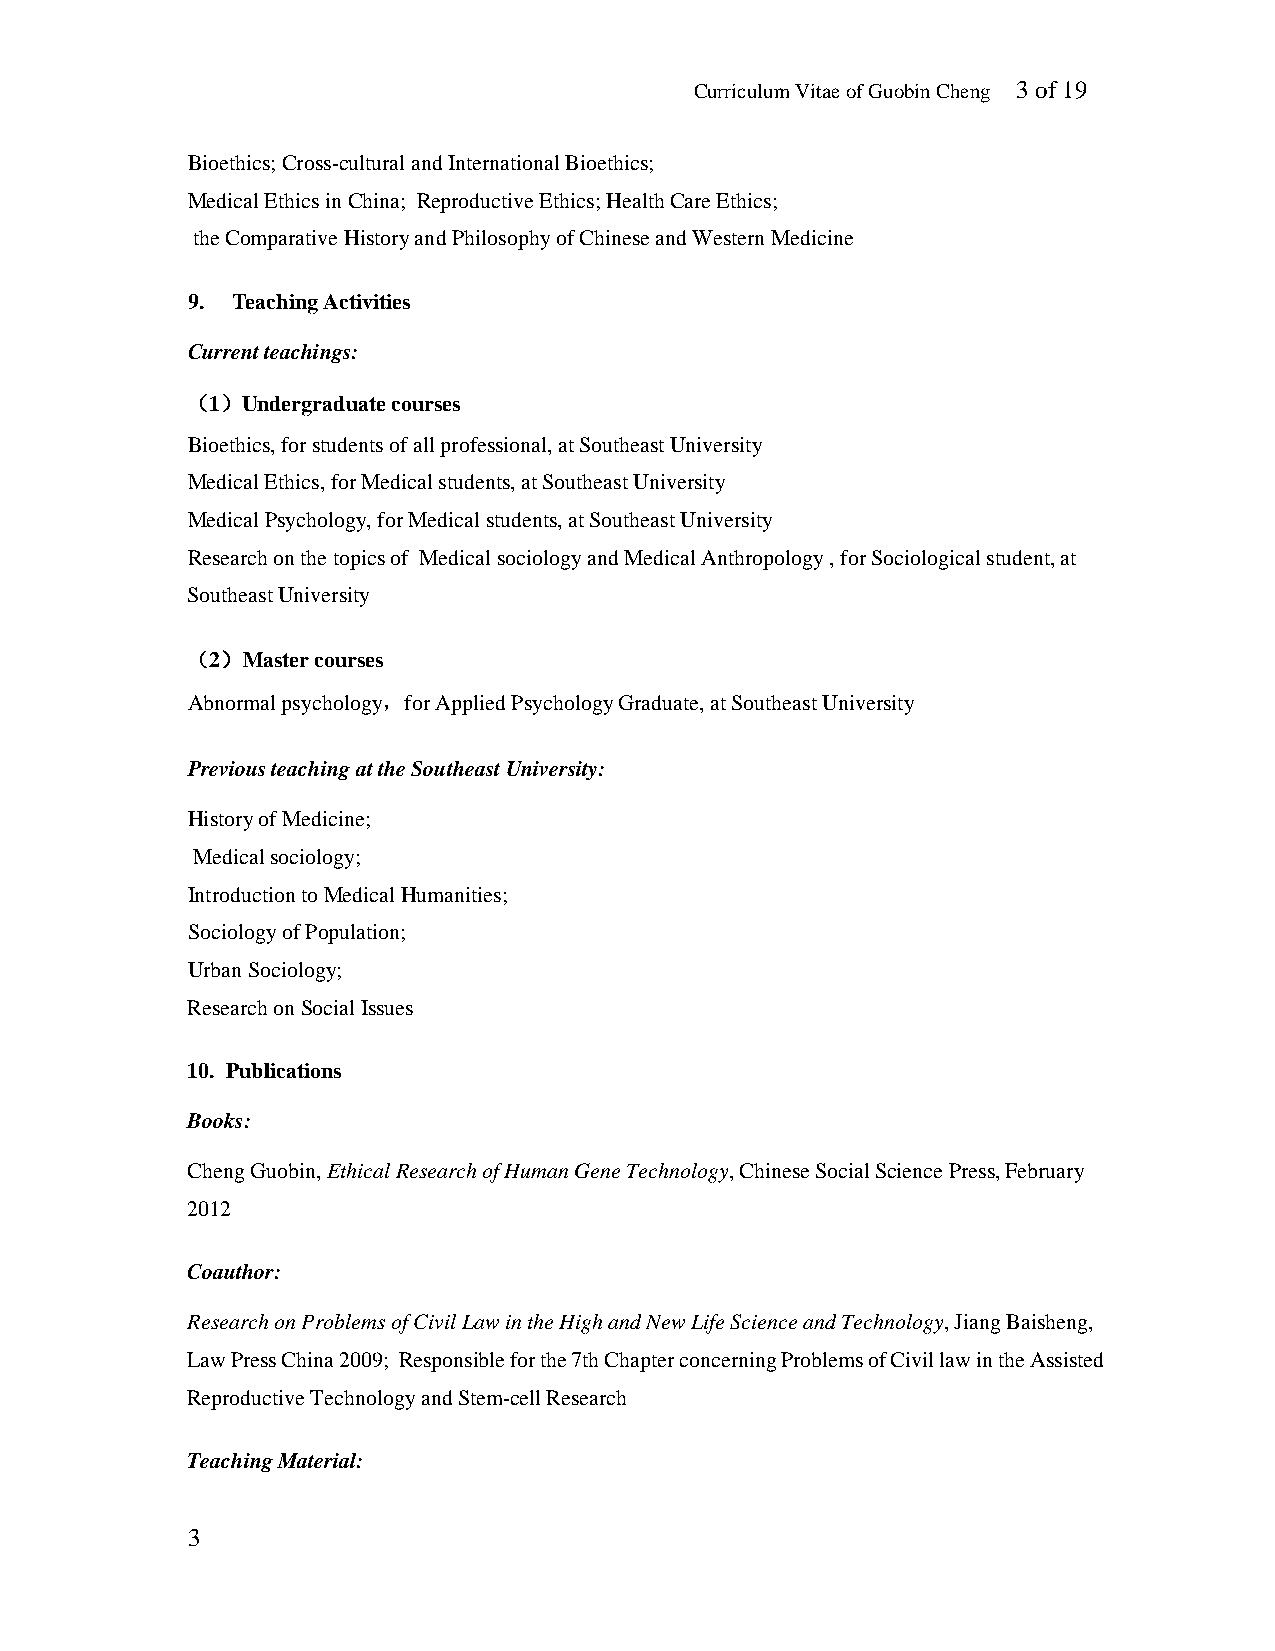
Curriculum Vitae of Guobin Cheng 3 of 19
 Bioethics; Cross-cultural and International Bioethics;
 Medical Ethics in China; Reproductive Ethics; Health Care Ethics;
 the Comparative History and Philosophy of Chinese and Western Medicine
 9. Teaching Activities
 Current teachings:
 （1）Undergraduate courses
 Bioethics, for students of all professional, at Southeast University
 Medical Ethics, for Medical students, at Southeast University
 Medical Psychology, for Medical students, at Southeast University
 Research on the topics of Medical sociology and Medical Anthropology , for Sociological student, at
 Southeast University
 （2）Master courses
 Abnormal psychology，for Applied Psychology Graduate, at Southeast University
 Previous teaching at the Southeast University:
 History of Medicine;
 Medical sociology;
 Introduction to Medical Humanities;
 Sociology of Population;
 Urban Sociology;
 Research on Social Issues
 10. Publications
 Books:
 Cheng Guobin, Ethical Research of Human Gene Technology, Chinese Social Science Press, February
 2012
 Coauthor:
 Research on Problems of Civil Law in the High and New Life Science and Technology, Jiang Baisheng,
 Law Press China 2009; Responsible for the 7th Chapter concerning Problems of Civil law in the Assisted
 Reproductive Technology and Stem-cell Research
 Teaching Material:
 3